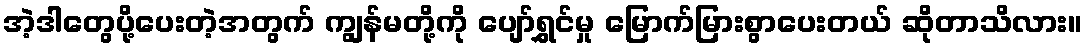
အဲ့ဒါတွေပို့ပေးတဲ့အတွက် ကျွန်မတို့ကို ပျော်ရွှင်မှု မြောက်မြားစွာပေးတယ် ဆိုတာသိလား။